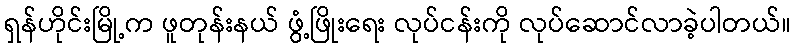
ရှန်ဟိုင်းမြို့က ဖူတုန်းနယ် ဖွံ့ဖြိုးရေး လုပ်ငန်းကို လုပ်ဆောင်လာခဲ့ပါတယ်။